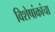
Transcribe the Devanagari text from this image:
विशेषांकांचा